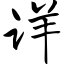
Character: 详